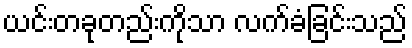
ယင်းတခုတည်းကိုသာ လက်ခံခြင်းသည်